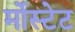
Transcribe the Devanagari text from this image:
र्मोस्टेट